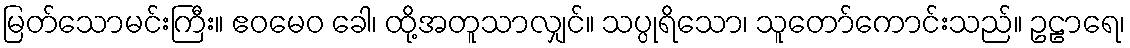
မြတ်သောမင်းကြီး။ ဧဝမေဝ ခေါ၊ ထို့အတူသာလျှင်။ သပ္ပုရိသော၊ သူတော်ကောင်းသည်။ ဥဠာရေ၊